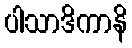
ပါသာဒိကာနိ